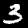
Label: 3